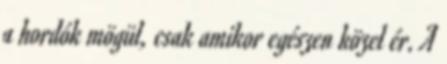
a hordók mögül, csak amikor egészen közel ér. A